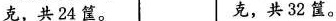
克，共24筐。 克，共32筐。